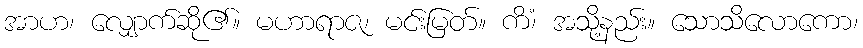
အာဟ၊ လျှောက်ဆို၏။ မဟာရာဇ၊ မင်းမြတ်။ ကိံ၊ အသို့နည်း။ သောသိလောကော၊